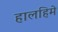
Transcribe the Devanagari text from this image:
हालहिमे